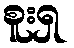
စူးရှ